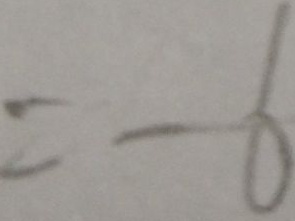
= - 6